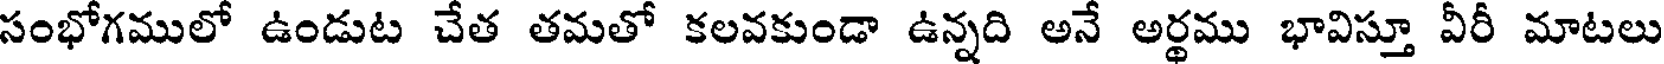
సంభోగములో ఉండుట చేత తమతో కలవకుండా ఉన్నది అనే అర్థము భావిస్తూ వీరీ మాటలు